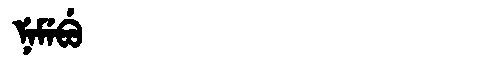
Manchu: ᠨᡝᠮᡝᠪᡠ
Romanization: NEMEBU